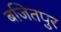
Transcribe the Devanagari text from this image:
बजितपुर